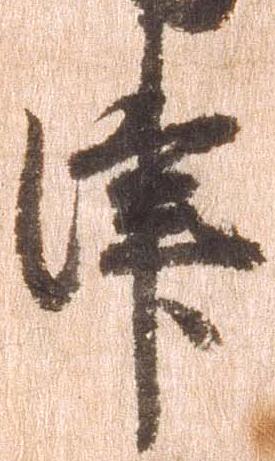
津